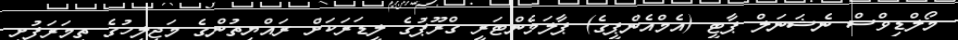
މޯލްޑިވްސް ނެޝަނަލް ޕާޓީ (އެމްއެންޕީގެ) ޕާލަމެންޓަރީ ގްރޫޕުގެ ލީޑަރަކަށް ރައްޔިތުންގެ މަޖިލީހުގެ ތިމަރަފުށީ